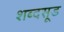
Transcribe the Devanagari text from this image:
शब्दसूड